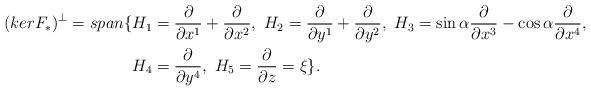
LaTeX: \begin{align*}(kerF_{\ast })^{\perp }=span\{& H_{1}=\frac{\partial}{\partial x^{1}}+\frac{\partial}{\partial x^{2}},\ H_{2}=\frac{\partial }{\partial y^{1}}+\frac{\partial}{\partial y^{2}},\ H_{3}=\sin\alpha\frac{\partial }{\partial x^{3}}-\cos\alpha\frac{\partial}{\partial x^{4}}, \\& H_{4}=\frac{\partial}{\partial y^{4}},\ H_{5}=\frac{\partial}{\partial z}=\xi\}.\end{align*}